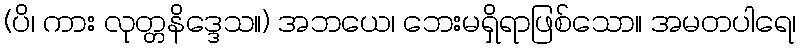
(ပိ၊ ကား လုတ္တနိဒ္ဒေသ။) အဘယေ၊ ဘေးမရှိရာဖြစ်သော။ အမတပါရေ၊